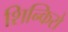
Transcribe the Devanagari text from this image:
शिन्किरो